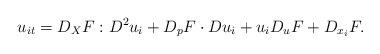
LaTeX: \begin{align*}u_{it}=D_XF: D^2u_i+ D_pF\cdot Du_i+u_iD_uF+D_{x_i}F.\end{align*}